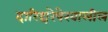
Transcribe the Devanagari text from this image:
दारिद्यरेषेखालील